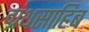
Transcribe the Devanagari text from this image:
ग्रंथसाहिब